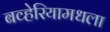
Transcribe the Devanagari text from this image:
बव्हेरियामधला